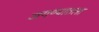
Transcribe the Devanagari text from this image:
जगण्यातला